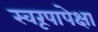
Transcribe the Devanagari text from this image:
स्वरूपापेक्षा